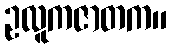
ဥလူကဇာတက။